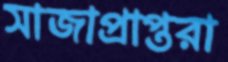
সাজাপ্রাপ্তরা